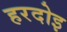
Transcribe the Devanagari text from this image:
हरदोइ